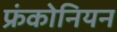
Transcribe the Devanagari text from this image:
फ्रंकोनियन